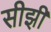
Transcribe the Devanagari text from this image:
सीझी